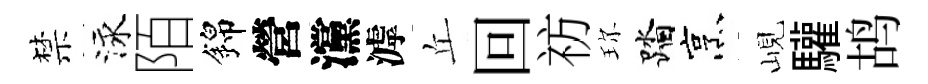
禁泳陌錦營灙滹丘回祊珎踏烹峴驩鸪